Report of the Bombay Plague Committee
Disease focus: Plague
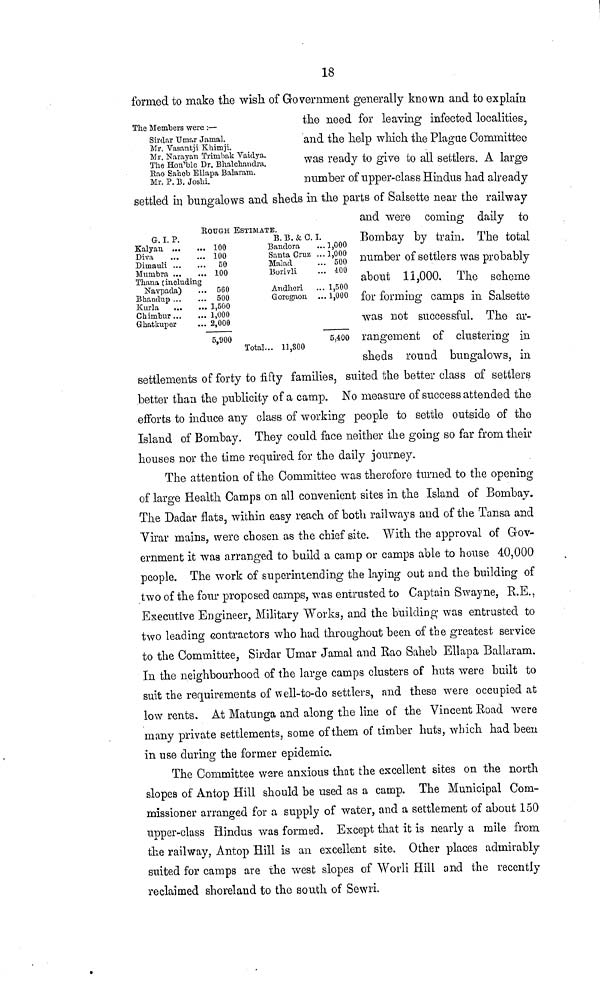
18
The Members were :—
Sirdar Umar Jamal.
Mr. Vasantji Khimji.
Mr. Narayan Trimbak Vaidya.
The Hon'ble Dr. Bhalchaudra.
Bao Saheb Ellapa Balaram.
Mr. P. B. Joshi.
ROUGH
G. I. P.
Kalyan
100
Diva
100
Dimauli
50
Mumbra
100
Thana (including
Navpada)
... 560
Bhandup
500
Kurla
,
1,500
Chimbur
1,000
Ghatkup&r
... 2,000
5,900
ESTIMATE.
B.B. & C. I.
Bandora
... 1,000
Sania Cruz ...1,000
Malad
... 500
Borivli
... 400
Andheri ... 1,500
Goregaon ... 1,000
5,400
Total... 11,300
formed to make the wish of Government generally known and to explain
the need for leaving infected localities,
and the help which the Plague Committee
was ready to give to all settlers. A large
number of upper-class Hindus had already
settled in bungalows and sheds in the parts of Salsette near the railway
and were coming daily to
Bombay by train. The total
number of settlers was probably
about 11,000. The scheme
for forming camps in Salsette
was not successful. The ar-
rangement of clustering in
sheds round bungalows, in
settlements of forty to fifty families, suited the better class of settlers
better than the publicity of a camp. No measure of success attended the
efforts to induce any class of working people to settle outside of the
Island of Bombay. They could face neither the going so far from their
houses nor the time required for the daily journey.
The attention of the Committee was therefore turned to the opening
of large Health Camps on all convenient sites in the Island of Bombay.
The Dadar flats, within easy reach of both railways and of the Tansa and
Virar mains, were chosen as the chief site. With the approval of Gov-
ernment it was arranged to build a camp or camps able to house 40,000
people. The work of superintending the laying out and the building of
two of the four proposed camps, was entrusted to Captain Swayne, R.E.,
Executive Engineer, Military "Works, and the building was entrusted to
two leading contractors who had throughout been of the greatest service
to the Committee, Sirdar Umar Jamal and Rao Saheb Ellapa Ballaram.
In the neighbourhood of the large camps clusters of huts were built to
suit the requirements of well-to-do settlers, and these were occupied at
low rents. At Matunga and along the line of the Vincent Road were
many private settlements, some of them of timber huts, which had been
in use during the former epidemic.
The Committee were anxious that the excellent sites on the north
slopes of Antop Hill should be used as a camp. The Municipal Com-
missioner arranged for a supply of water, and a settlement of about 150
upper-class Hindus was formed. Except that it is nearly a mile from
the railway, Antop Hill is an excellent site. Other places admirably
suited for camps are the west slopes of Worli Hill and the recently
reclaimed shoreland to the south of Sewri.